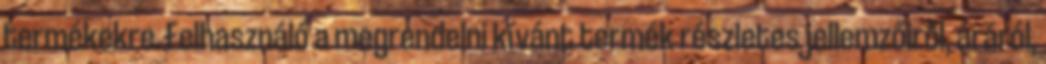
termékekre. Felhasználó a megrendelni kívánt termék részletes jellemzőiről, áráról,